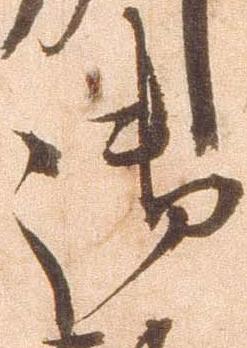
御